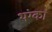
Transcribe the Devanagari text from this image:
थंग्का